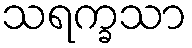
သရက္ခသာ